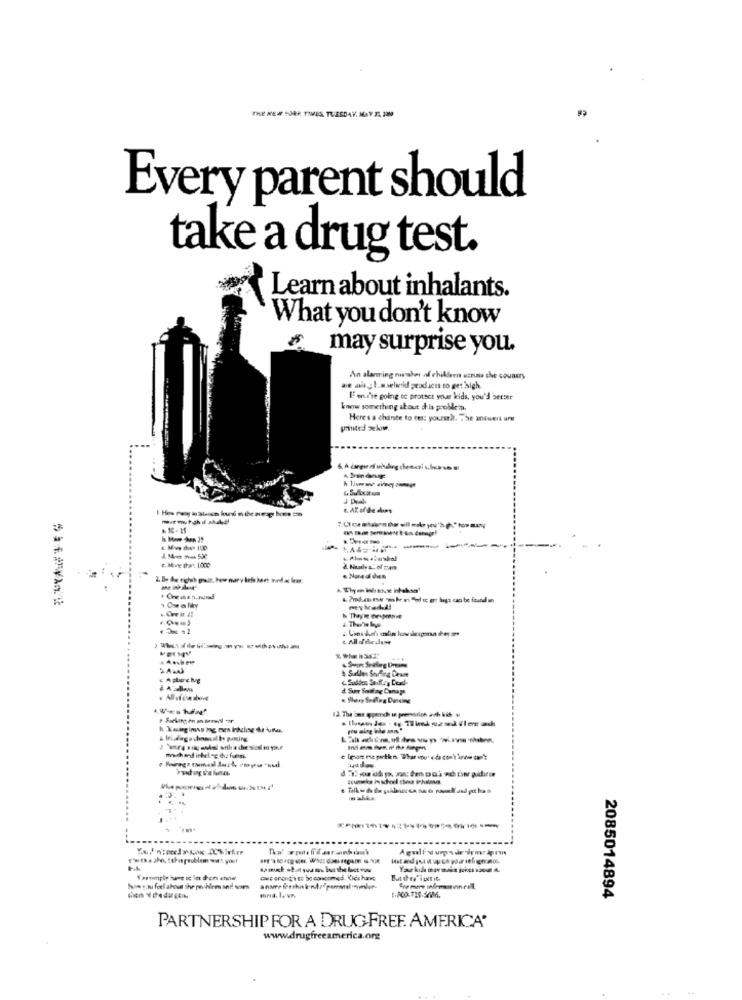
Every parent should
take a drug test.
Learn about inhalants.
What you don't know
may surprise you.
An alarring member of childern uzruss the country
we aial. sselmeid peudicts to get sigh
IF en./'re going oc protect your kids, you'd better
know something about this problem.
Here's a chance to tes: yoursel. . he aniumit ure
.. AK of de dos
& 10 - 15
A Thyen Wiske infakss'
Onewas.ncrad
h They's or-post
& Sidles Soffing Denne
Sudden Stiffe y Dead-
12. The's spend is prensdiph och kih
& leladago chinesal bs pasting
mach and inbelag dis funds.
2085014894
PARTNERSHIP FOR A DRUGFREF. AMERICA'
www.drugfreeamerica.org